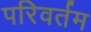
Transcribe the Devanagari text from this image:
परिवर्तम